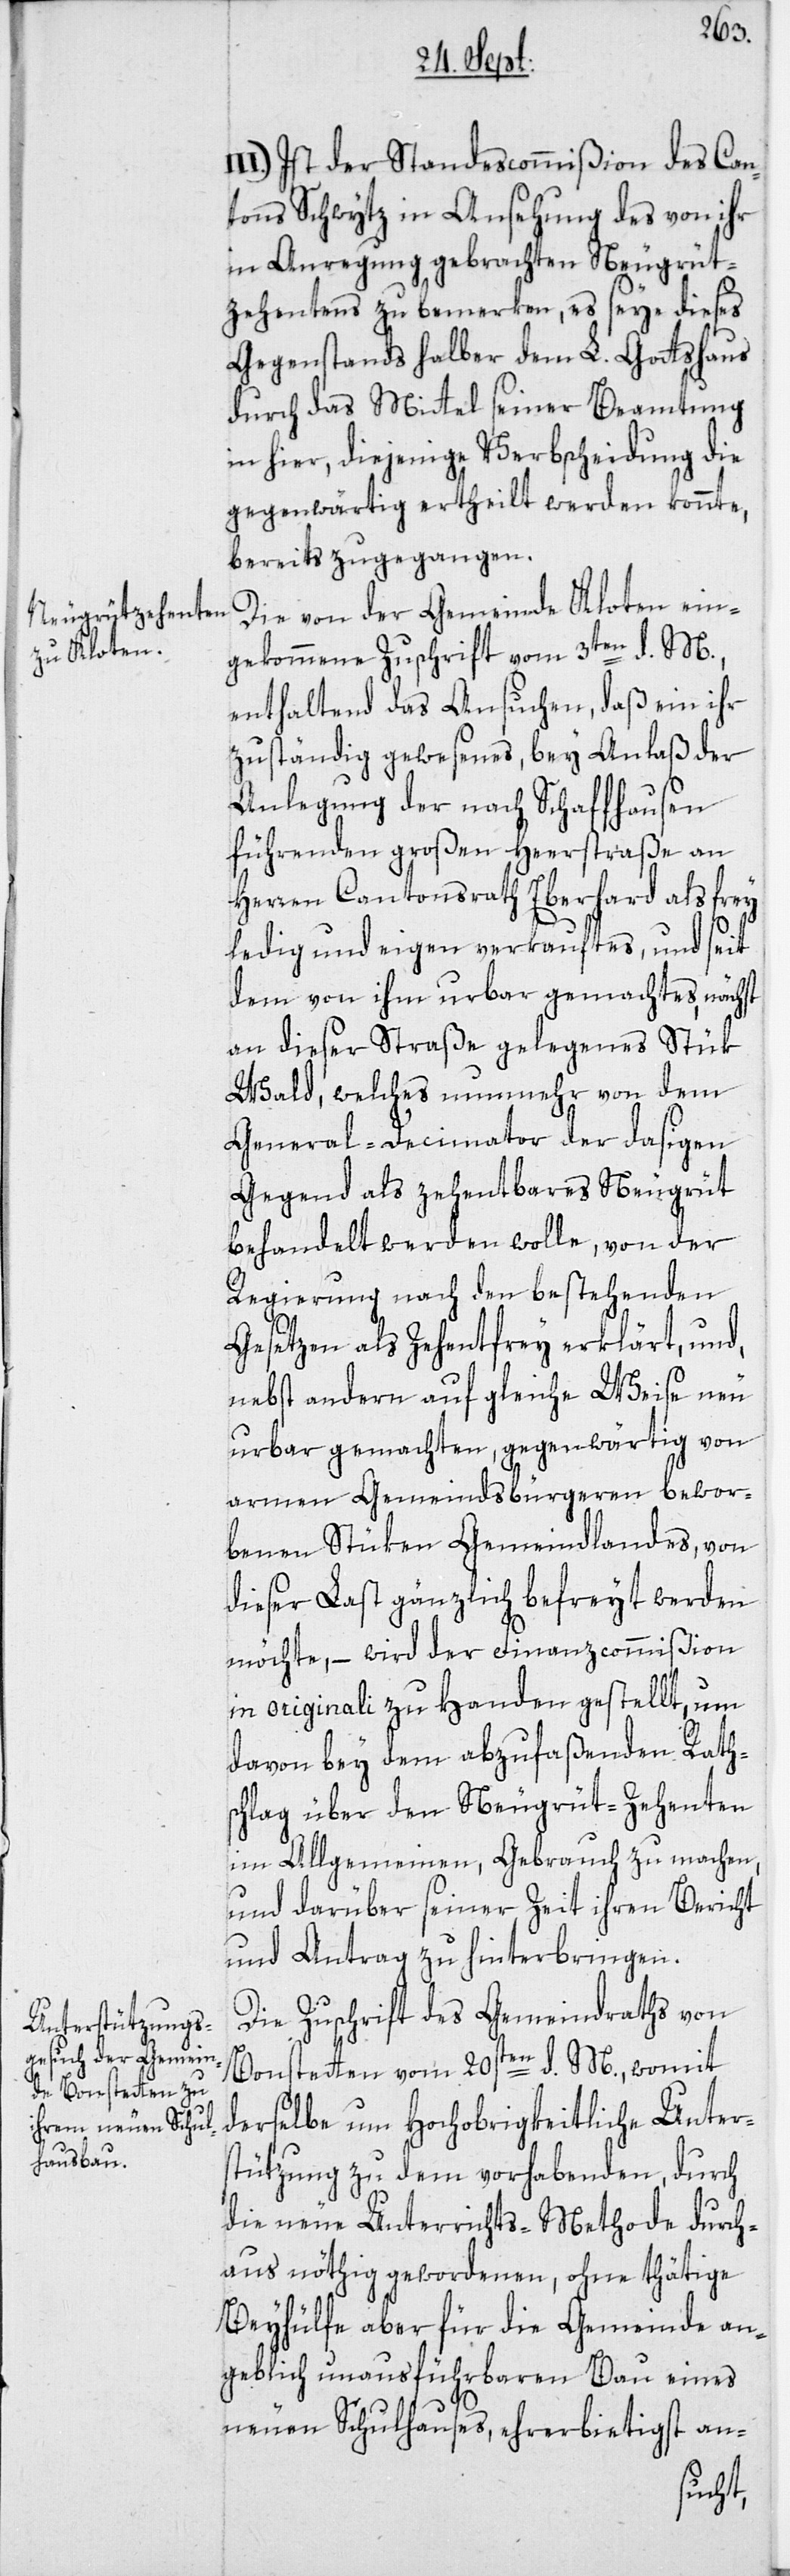
II¬
I.) Ist der Standescommißion des Can¬
tons Schwytz in Ansehung des von ihr
in Anregung gebrachten Neugrüt¬
zehentens zu bemerken, es seye dieses
Gegenstandes halber dem L. Gottshaus
durch das Mittel seiner Beamtung
in hier, diejenige Verbscheidung die
gegenwärtig ertheilt werden konnte,
bereits zugegangen.
Die von der Gemeinde Kloten ein¬
gekommene Zuschrift vom 3ten d. M.,
enthaltend das Ansuchen, daß ein ihr
zuständig gewesenes, bey Anlaß der
Anlegung der nach Schaffhausen
führenden großen Heerstraße an
Herren Cantonsrath Eberhard als frey
ledig und eigen verkauftes, und seit
dem von ihm urbar gemachtes, nächst
an dieser Straße gelegenes Stük
Wald, welches nunmehr von dem
General-Decimator der dasigen
Gegend als zehentbares Neugrüt
behandelt werden wolle, von der
Regierung nach den bestehenden
Gesetzen als Zehentfrey erklärt, und,
nebst andern auf gleiche Weise neu
urbar gemachten, gegenwärtig von
armen Gemeindsbürgeren bewor¬
benen Stüken Gemeindlandes, von
dieser Last gänzlich befreyt werden
möchte, – wird der Finanzcommißion
in originali zu Handen gestellt, um
davon bey dem abzufaßenden Rath¬
schlag über den Neugrüt-Zehenten
im Allgemeinen, Gebrauch zu machen,
und darüber seiner Zeit ihren Bericht
und Antrag zu hinterbringen.
Die Zuschrift des Gemeindraths von
Bonstetten vom 20sten d. M., womit
derselbe um Hochobrigkeitliche Unter¬
stützung zu dem vorhabenden, durch
die neue Unterrichts-Methode durch¬
aus nöthig gewordenen, ohne thätige
Beyhülfe aber für die Gemeinde an¬
geblich unausführbaren Bau eines
neuen Schulhauses, ehrerbietigst an-